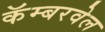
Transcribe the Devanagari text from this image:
कॅम्बरवेल